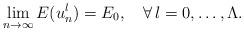
LaTeX: \begin{align*} \lim_{n \rightarrow \infty} E(u^l_n) = E_0, \ \ \ \forall \, l=0, \dots, \Lambda.\end{align*}